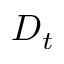
D _ { t }